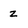
Character: z